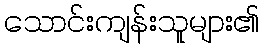
သောင်းကျန်းသူများ၏